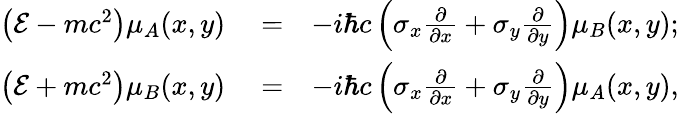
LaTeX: \begin{array}{rlr}{\left(\mathcal{E}-mc^{2}\right)\mu_{A}(x,y)}&{{}=}&{-i\hbar c\left(\sigma_{x}\frac{\partial}{\partial x}+\sigma_{y}\frac{\partial}{\partial y}\right)\mu_{B}(x,y);}\\ {\left(\mathcal{E}+mc^{2}\right)\mu_{B}(x,y)}&{{}=}&{-i\hbar c\left(\sigma_{x}\frac{\partial}{\partial x}+\sigma_{y}\frac{\partial}{\partial y}\right)\mu_{A}(x,y),}\end{array}